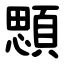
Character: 顋